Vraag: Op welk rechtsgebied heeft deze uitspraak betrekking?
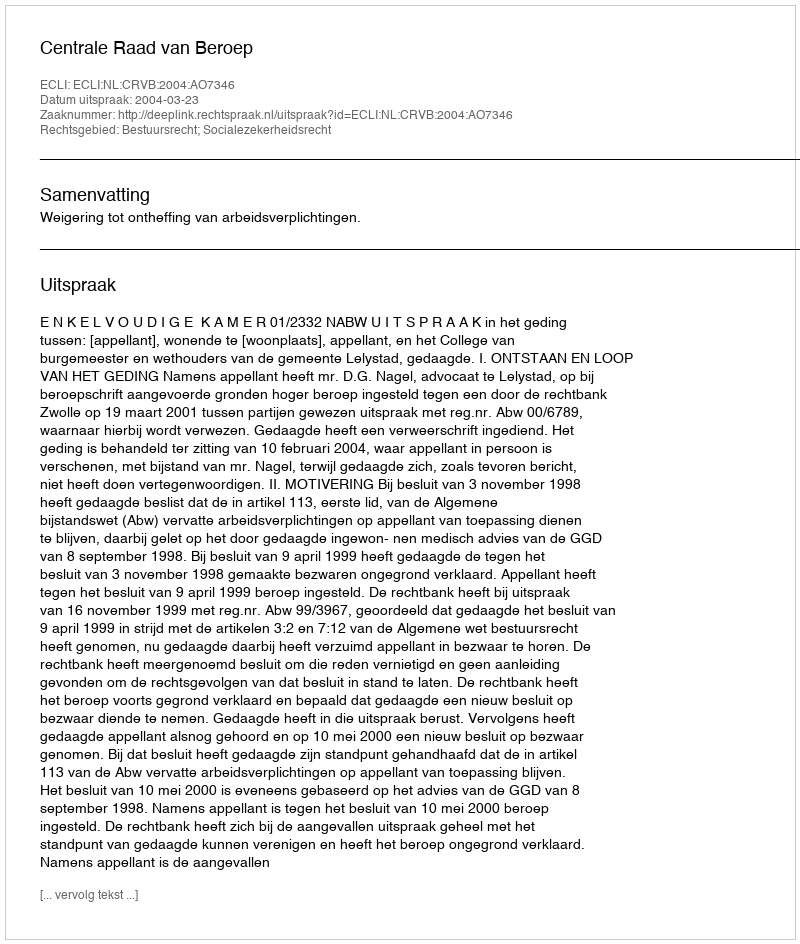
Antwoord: Bestuursrecht; Socialezekerheidsrecht